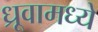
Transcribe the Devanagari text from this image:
ध्रूवामध्ये